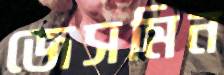
জেসমিন